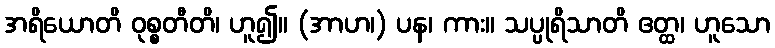
အရိယောတိ ဝုစ္စတီတိ၊ ဟူ၍။ (အာဟ၊) ပန၊ ကား။ သပ္ပုရိသာတိ ဧတ္ထ၊ ဟူသော